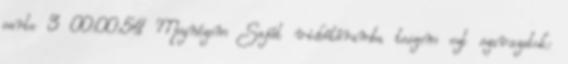
parte 3 00:00:54 Megnézem Saját videótáramba teszem ezt szavazatok: